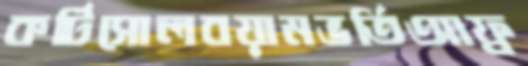
কর্টিসোলবয়ামভর্তিআফ্র